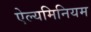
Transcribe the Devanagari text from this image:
ऐल्यमिनियम